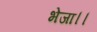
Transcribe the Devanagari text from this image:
भेजा।।